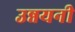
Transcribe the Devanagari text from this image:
उन्नयनी